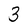
Character: 3